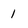
Character: 1